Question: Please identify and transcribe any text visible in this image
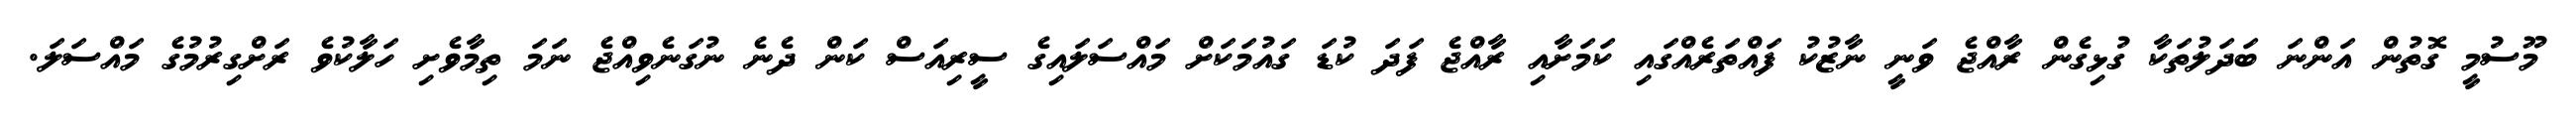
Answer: މޫސުމީ ގޮތުން އަންނަ ބަދަލުތަކާ ގުޅިގެން ރާއްޖެ ވަނީ ނާޒުކު ފައްތަރެއްގައި ކަމަށާއި ރާއްޖެ ފަދަ ކުޑަ ގައުމަކަށް މައްސަލައިގެ ސީރިއަސް ކަން ދެނެ ނުގަނެވިއްޖެ ނަމަ ތިމާވެށި ހަލާކުވެ ރަށްގިރުމުގެ މައްސަލަ.